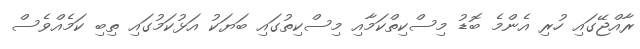
ރާއްޖޭގައި ހުރި އެންމެ ބޮޑު މިސްކިތްކަމާއި މިސްކިތުގައި ބަޔަކު އަޅުކަމުގައި ތިބި ކަމެއްވެސް